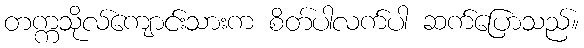
တက္ကသိုလ်ကျောင်းသားက စိတ်ပါလက်ပါ ဆက်ပြောသည်။